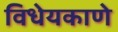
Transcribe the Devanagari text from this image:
विधेयकाणे